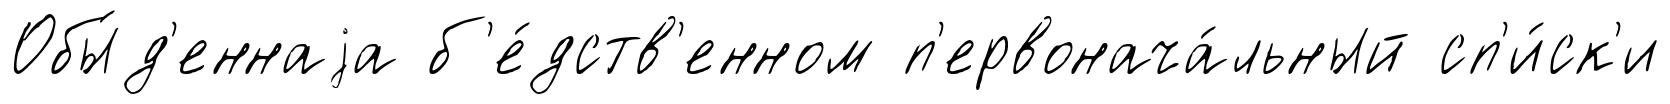
Обы́д'еннаjа б'е́дств'енном п'ервонача́льный сп'и́ск'и